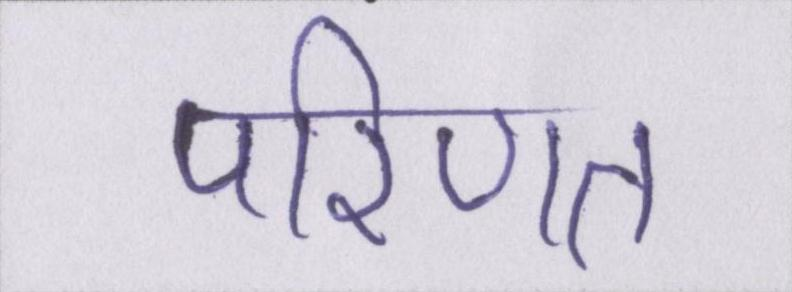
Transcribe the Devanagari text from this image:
परिणत